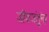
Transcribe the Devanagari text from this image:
जीवजंतूंना